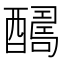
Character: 𨣊